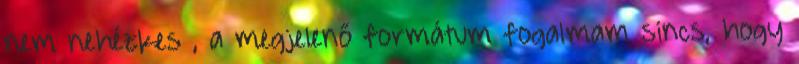
nem nehézkes , a megjelenő formátum fogalmam sincs, hogy